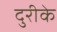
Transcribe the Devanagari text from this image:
दुरीके